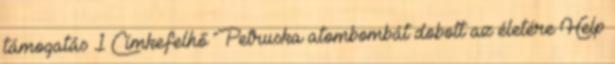
támogatás 1 Címkefelhő Petruska atombombát dobott az életére Help